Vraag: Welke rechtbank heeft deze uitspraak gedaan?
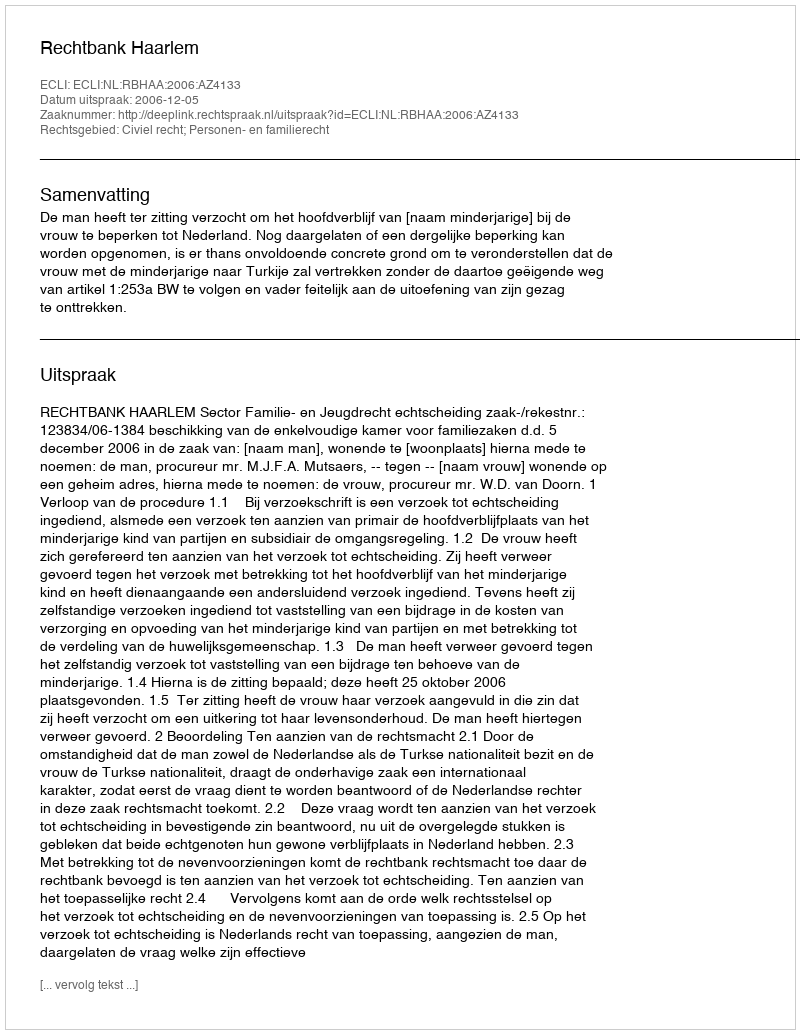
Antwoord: Rechtbank Haarlem